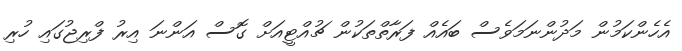
އެހެންކަމުން މަދުންނަމަވެސް ބައެއް ފަރާތްތަކުން ޗުއްޓީއަށް ގޮސް އަންނަ އިރު ފްރިޖުގައި ހުރި